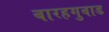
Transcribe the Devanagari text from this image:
बारहगुवाड